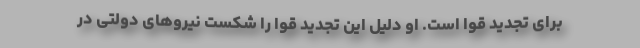
برای تجدید قوا است. او دلیل این تجدید قوا را شکست نیروهای دولتی در